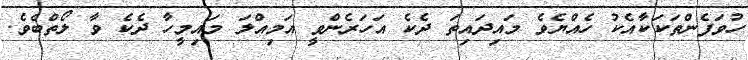
ހުވަފެންތަކަކާއެކު ހެއްޔެވެ މައިދައިތަ ދެކެ އަހަރެންވީ އަމިއްލަ މައިމީހާ ދެކެ ވާ ލޯތްބެވެ.